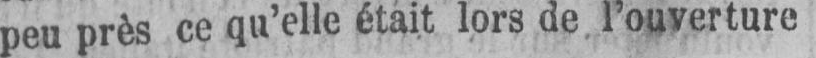
peu près ce qu’elle était lors de l’ouverture